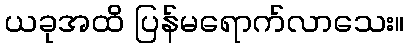
ယခုအထိ ပြန်မရောက်လာသေး။